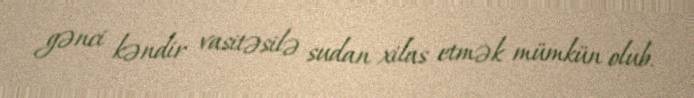
gənci kəndir vasitəsilə sudan xilas etmək mümkün olub.